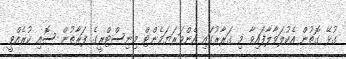
ގުޅޭ ގޮތުން އެކުލަވާލާފައިވާ މި ގަރާރުގައި އެންވަރަޔަމެންޓް މިނިސްޓްރީގެ ފަރާތުން ސޮއި ކުރެއްވީ